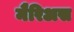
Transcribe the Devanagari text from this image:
मैरिअस